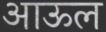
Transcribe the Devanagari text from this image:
आऊल